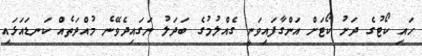
ހައި ކޯޓުގެ ދަށު ކޯޓަށް އަންގާފައިވަނީ ގެއްލުމުގެ ބަދަލު ނަގައިދެވޭނެ މުއްދަތެއް ކަނޑައަޅައި